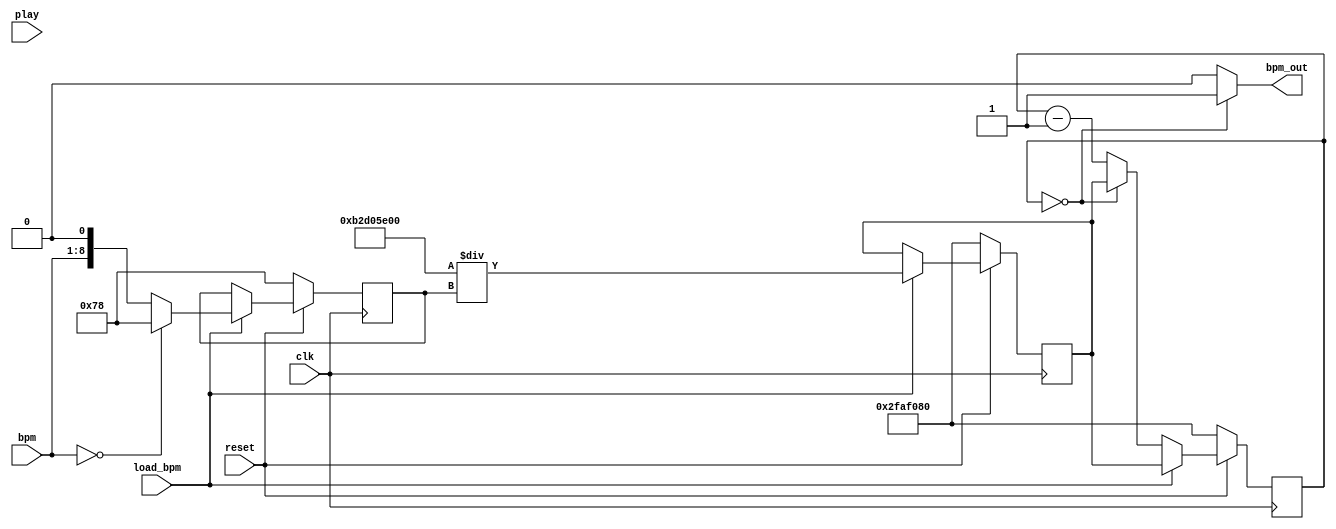
module bpm( // 2 en signals per beat. Quarter and eighth notes will alternate
	output reg bpm_out,
	input clk,
	input load_bpm,
	input play,
	input reset,
	input [7:0] bpm // this may need 1 more bit
	);
	
	reg [8:0] beat;
	initial beat = 8'd120; // avoid dividing by 0

	reg [32:0] count; // rate divided clock
	reg [32:0] max_count;
	initial count = 32'd50_000_000; // start at 60 bpm
	initial max_count = 32'd50_000_000;
	
	// count at 50,000,000 cooresponds to 60 bpm
	
	// variable bpm counter - this is the first variable to be loaded so the circuit has plenty of time
	// to do the division
	always @(posedge clk)
	begin
		if (!reset) // set new bpm and clock when we reset
		begin
			beat <= 8'd120;
			max_count <= 32'd50_000_000;
			count <= 32'd50_000_000; // default 60 bpm
		end
		else if (load_bpm) // if we get a signal to load bpm
		begin
			if (bpm == 8'b0)
				beat <= 8'd120; // default to 60 bpm if user chooses 0
			else
				beat <= bpm << 1; // bpm x2 to get eighth notes
			max_count <= 32'd3_000_000_000/beat;
			count <= max_count;
		end
		else
		begin // count down otherwise
			if (count == 32'b0)
				count <= max_count;
			else
				count <= count - 32'b1;
		end
	end

	// slow clock is always ticking based on variable bpm
	always @(*)
	begin
		if (count == 32'b0)
			bpm_out <= 1;
		else
			bpm_out <= 0;
	end
	
endmodule